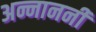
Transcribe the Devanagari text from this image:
अन्नाननी